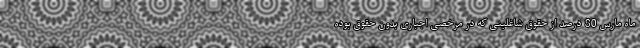
ماه مارس 80 درصد از حقوق شاغلینی که در مرخصی اجباری بدون حقوق بوده